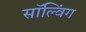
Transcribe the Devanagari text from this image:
सॉल्विंग